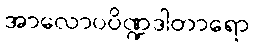
အာလောပပိဏ္ဍဒါတာရော